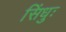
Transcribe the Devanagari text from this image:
सिंधुः